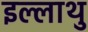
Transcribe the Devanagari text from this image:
इल्लाथु